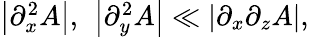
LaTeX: \begin{array}{r}{\left|\partial_{x}^{2}A\right|\mathrm{,\ }\left|\partial_{y}^{2}A\right|\ll\left|\partial_{x}\partial_{z}A\right|,}\end{array}